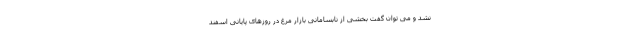
نشد و می توان گفت بخشی از نابسامانی بازار مرغ در روزهای پایانی اسفند